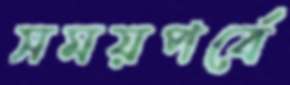
সময়পর্বে